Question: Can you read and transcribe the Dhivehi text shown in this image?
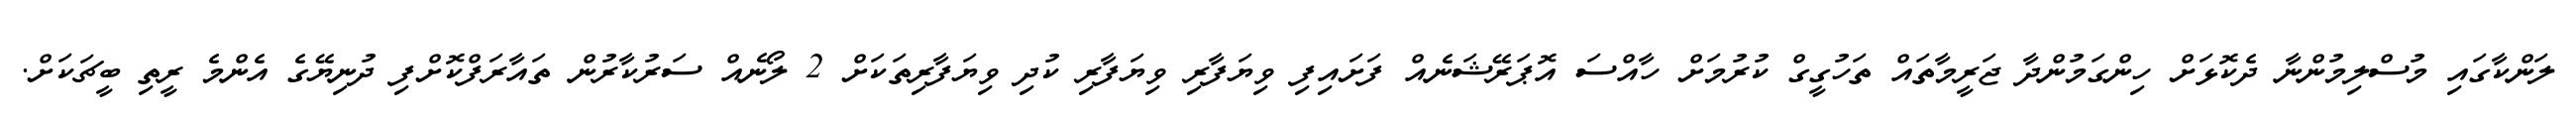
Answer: ލަންކާގައި މުސްލިމުންނާ ދެކޮޅަށް ހިންގަމުންދާ ޖަރީމާތައް ތަހުގީގް ކުރުމަށް ހާއްސަ އޮޕަރޭޝަނެއް ފަށައިފި ވިޔަފާރި ވިޔަފާރި ކުދި ވިޔަފާރިތަކަށް 2 ލޯނެއް ސަރުކާރުން ތައާރަފްކޮށްފި ދުނިޔޭގެ އެންމެ ރީތި ބީޗަކަށް.